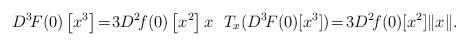
LaTeX: \begin{align*} D^3\!F(0)\left[x^3\right]\!=\!3D^2\!f(0)\left[x^2\right]x\ \ T_x(D^3\!F(0)[x^3])\!=\!3D^2\!f(0)[x^2]\|x\|.\end{align*}